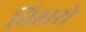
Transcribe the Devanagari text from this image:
विक्षरो